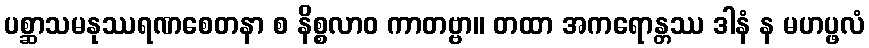
ပစ္ဆာသမနုဿရဏစေတနာ စ နိစ္စလာဝ ကာတဗ္ဗာ။ တထာ အကရောန္တဿ ဒါနံ န မဟပ္ဖလံ